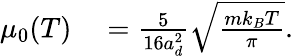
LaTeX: \begin{array}{rl}{\mu_{0}(T)}&{{}=\frac{5}{16a_{d}^{2}}\sqrt{\frac{mk_{B}T}{\pi}}.}\end{array}